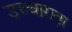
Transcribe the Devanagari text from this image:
उच्चारावा़